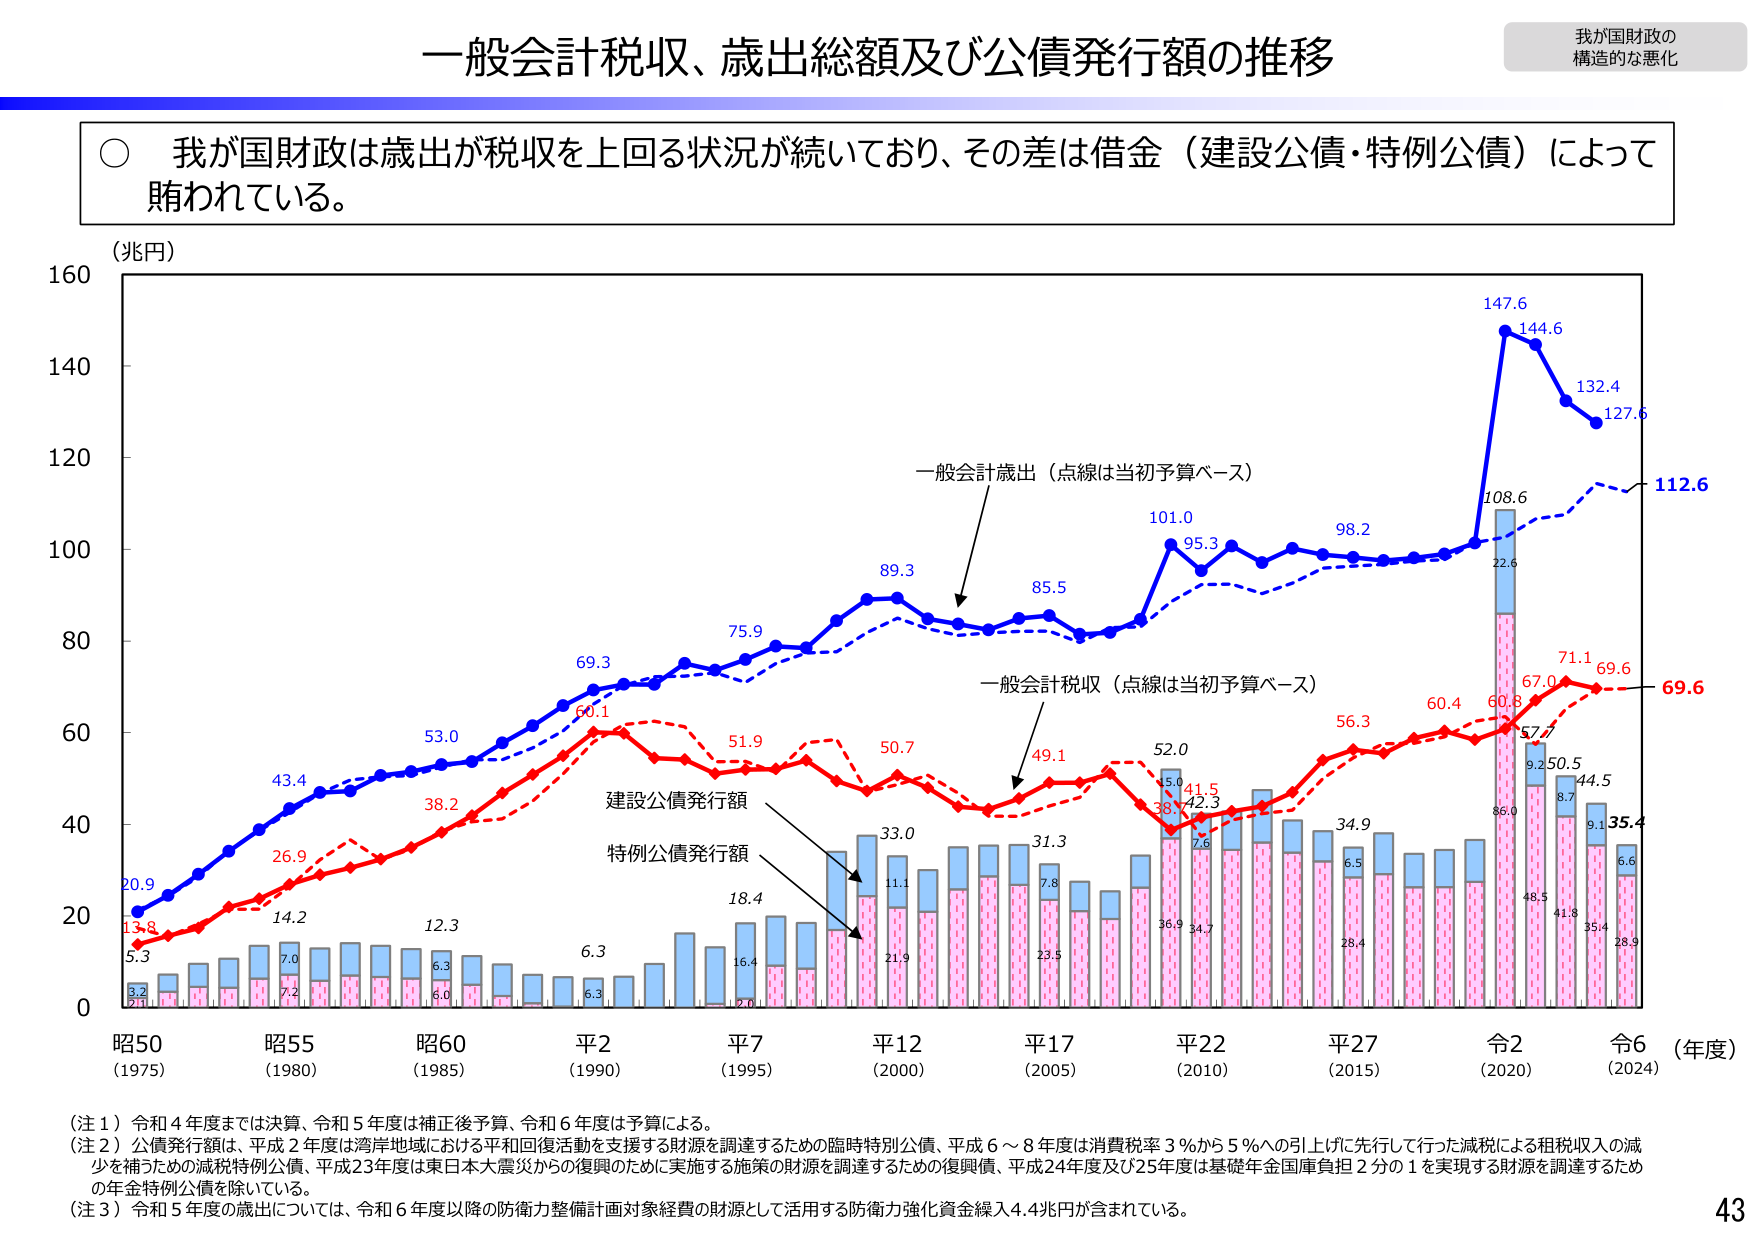
一般会計税収、歳出総額及び公債発行額の推移

我が国財政の
構造的な悪化

○ 我が国財政は歳出が税収を上回る状況が続いており、その差は借金（建設公債・特例公債）によって
賄われている。

（兆円）

160
140
120
100
80
60
40
20
0

一般会計歳出（点線は当初予算ベース）
一般会計税収（点線は当初予算ベース）
建設公債発行額
特例公債発行額

20.9
13.8
5.3
3.2
2.1
14.2
7.0
7.2
12.3
6.3
6.0
6.3
6.3
18.4
16.4
2.0
21.9
33.0
11.1
31.3
7.8
23.5
36.9
34.7
5.4
38.7
41.5
7.6
42.3
52.0
56.3
60.4
60.8
57.7
9.2
50.5
8.7
44.5
9.1
35.4
6.6
28.9
35.4
41.8
48.5
28.4
6.5
34.9
108.6
22.6
147.6
144.6
132.4
127.6
112.6
69.6
69.6
71.1

昭50
（1975）
昭55
（1980）
昭60
（1985）
平2
（1990）
平7
（1995）
平12
（2000）
平17
（2005）
平22
（2010）
平27
（2015）
令2
（2020）
令6
（2024）
（年度）

（注１）令和４年度までは決算、令和５年度は補正後予算、令和６年度は予算による。
（注２）公債発行額は、平成２年度は湾岸地域における平和回復活動を支援する財源を調達するための臨時特別公債、平成６～８年度は消費税率３％から５％への引上げに先行して行った減税による租税収入の減少を補うための減税特例公債、平成23年度は東日本大震災からの復興のために実施する施策の財源を調達するための復興債、平成24年度及び25年度は基礎年金国庫負担２分の１を実現する財源を調達するための年金特例公債を除いている。
（注３）令和５年度の歳出については、令和６年度以降の防衛力整備計画対象経費の財源として活用する防衛力強化資金繰入4.4兆円が含まれている。

43